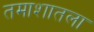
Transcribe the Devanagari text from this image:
तमाशातला